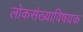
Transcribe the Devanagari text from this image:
लोकसंख्याविषयक